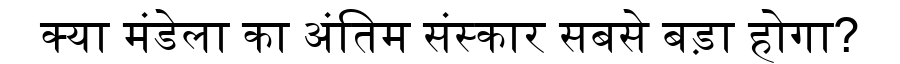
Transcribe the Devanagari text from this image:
क्या मंडेला का अंतिम संस्कार सबसे बड़ा होगा?